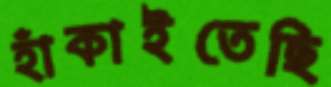
হাঁকাইতেছি